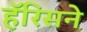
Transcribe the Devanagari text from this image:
हॅरिसने